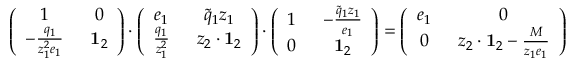
\left( \begin{array} { c c } { 1 \, \, \, } & { 0 } \\ { - \frac { q _ { 1 } } { z _ { 1 } ^ { 2 } e _ { 1 } } \, \, \, } & { \mathbf { 1 } _ { 2 } } \end{array} \right) \cdot \left( \begin{array} { c c } { e _ { 1 } \, \, \, } & { \widetilde { q } _ { 1 } z _ { 1 } } \\ { \frac { q _ { 1 } } { z _ { 1 } ^ { 2 } } \, \, \, } & { z _ { 2 } \cdot \mathbf { 1 } _ { 2 } } \end{array} \right) \cdot \left( \begin{array} { c c } { 1 \, \, \, } & { - \frac { \widetilde { q } _ { 1 } z _ { 1 } } { e _ { 1 } } } \\ { 0 \, \, \, } & { \mathbf { 1 } _ { 2 } } \end{array} \right) = \left( \begin{array} { c c } { e _ { 1 } \, \, \, } & { 0 } \\ { 0 \, \, \, } & { z _ { 2 } \cdot \mathbf { 1 } _ { 2 } - \frac { M } { z _ { 1 } e _ { 1 } } } \end{array} \right) \,